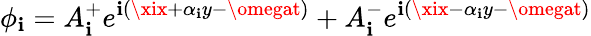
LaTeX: \phi_{\mathbf{i}}=A_{\mathbf{i}}^{+}e^{\mathbf{i}(\xix+\alpha_{\mathbf{i}}y-\omegat)}+A_{\mathbf{i}}^{-}e^{\mathbf{i}(\xix-\alpha_{\mathbf{i}}y-\omegat)}